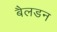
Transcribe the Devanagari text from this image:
बैलडन